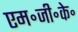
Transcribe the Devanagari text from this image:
एम॰जी॰के॰